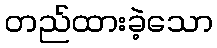
တည်ထားခဲ့သော